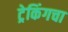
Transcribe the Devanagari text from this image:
ट्रेकिंगचा